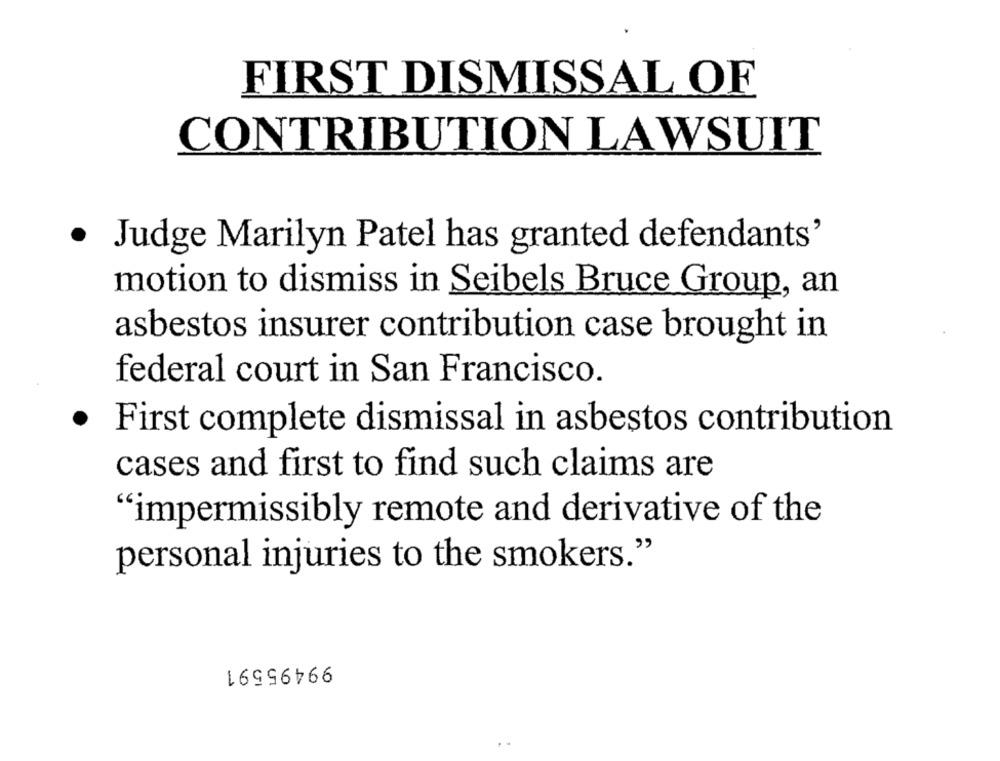
FIRST DISMISSAL OF
CONTRIBUTION LAWSUIT
· Judge Marilyn Patel has granted defendants'
motion to dismiss in Seibels Bruce Group, an
asbestos insurer contribution case brought in
federal court in San Francisco.
·
First complete dismissal in asbestos contribution
cases and first to find such claims are
"impermissibly remote and derivative of the
personal injuries to the smokers."
99495591